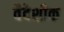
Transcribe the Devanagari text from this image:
वैदेशीक